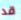
قد